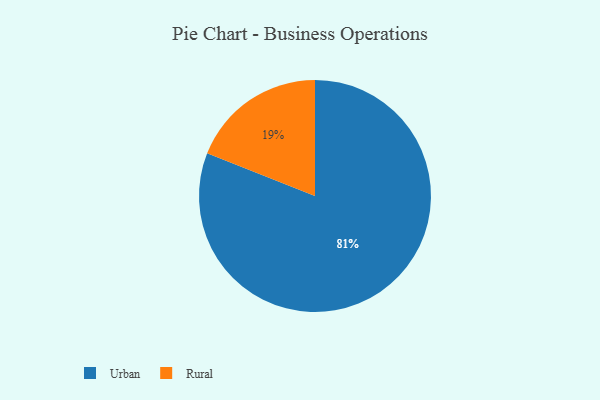
{"axis": {"x": "Category", "y": "Percentage"}, "legend": ["Rural", "Urban"], "data": [{"x": "Rural", "y": 19, "type": "Rural"}, {"x": "Urban", "y": 81, "type": "Urban"}]}